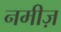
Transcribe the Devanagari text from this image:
नमीज़